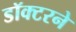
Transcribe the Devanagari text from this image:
डॉक्‍टरने